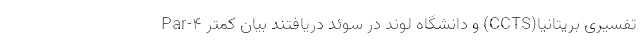
تفسیری بریتانیا(CCTS) و دانشگاه لوند در سوئد دریافتند بیان کمتر Par-۴